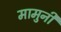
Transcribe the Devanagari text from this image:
मामुनी